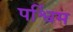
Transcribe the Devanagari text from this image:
पर्श्विम